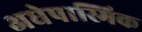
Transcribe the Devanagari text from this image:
अधेपास्मिक